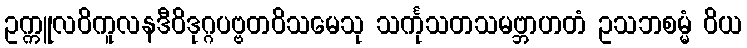
ဥက္ကူလဝိကူလနဒီဝိဒုဂ္ဂပဗ္ဗတဝိသမေသု သင်္ကုသတသမဗ္ဘာဟတံ ဥသဘစမ္မံ ဝိယ